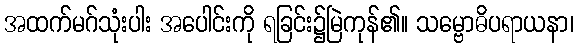
အထက်မဂ်သုံးပါး အပေါင်းကို ရခြင်း၌မြဲကုန်၏။ သမ္ဗောဓိပရာယနာ၊